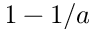
1 - 1 / a